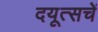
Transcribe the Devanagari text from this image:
दयूत्सचें